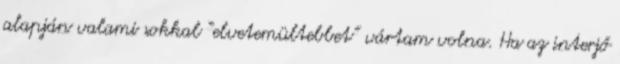
alapján valami sokkal “elvetemültebbet” vártam volna. Ha az interjő